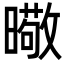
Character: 曔